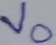
Text: Vo